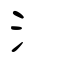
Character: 氵